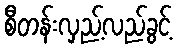
စီတန်းလှည့်လည်ခွင့်